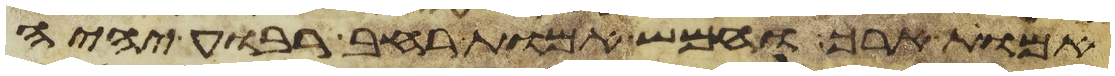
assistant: אמות ארך וחמש אמות רחב רבוע יהיה